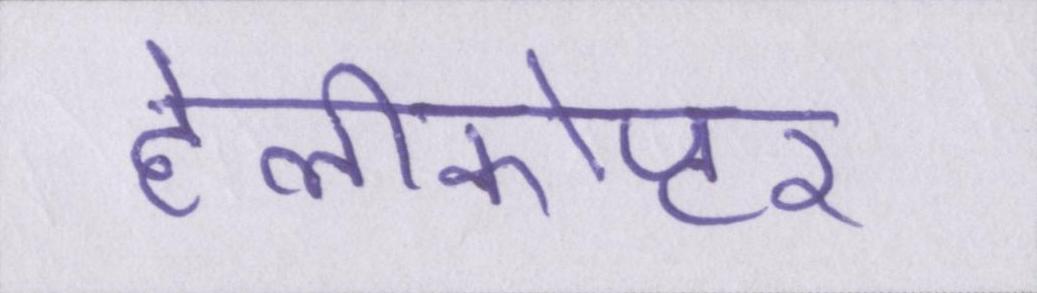
हेलीकोप्टर